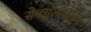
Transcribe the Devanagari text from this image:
सेक्युलारीझम